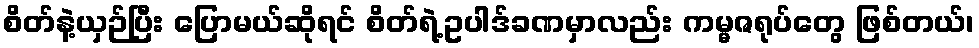
စိတ်နဲ့ယှဉ်ပြီး ပြောမယ်ဆိုရင် စိတ်ရဲ့ဥပါဒ်ခဏမှာလည်း ကမ္မဇရုပ်တွေ ဖြစ်တယ်၊